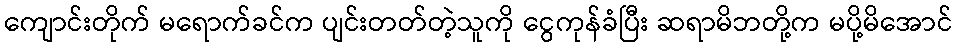
ကျောင်းတိုက် မရောက်ခင်က ပျင်းတတ်တဲ့သူကို ငွေကုန်ခံပြီး ဆရာမိဘတို့က မပို့မိအောင်